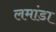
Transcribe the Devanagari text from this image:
लमांडा